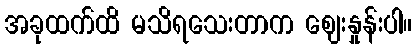
အခုထက်ထိ မသိရသေးတာက ဈေးနှုန်းပါ။